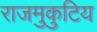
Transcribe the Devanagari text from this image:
राजमुकुटिय